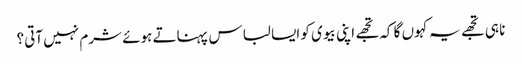
نا ہی تجھے یہ کہوں گا کہ تجھے اپنی بیوی کو ایسا لباس پہناتے ہوئے شرم نہیں آتی؟